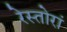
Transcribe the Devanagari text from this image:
रेस्तोरां